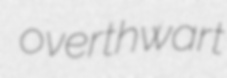
overthwart